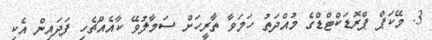
3. މޭކަޕް ޕްރޮޑަކްޓްޑްގެ މުއްދަތު ހަމަވާ ތާރީހަށް ސަމާލުވޭ ކާއެއްޗެހި ފަދައިން އެކި